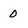
Character: 0